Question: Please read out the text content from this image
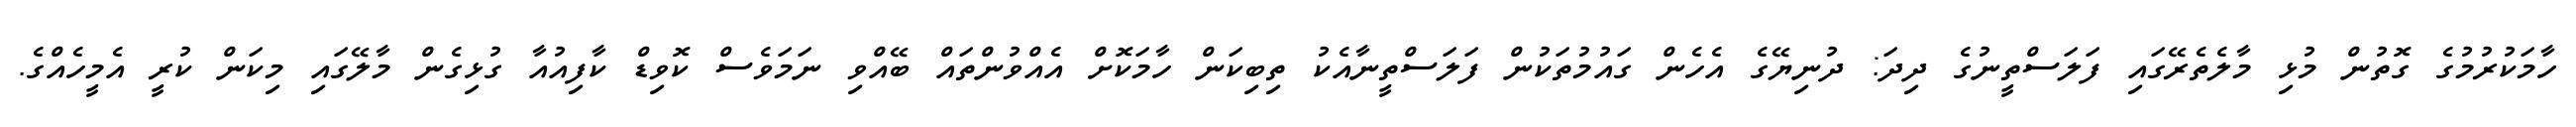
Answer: ހާމަކުރުމުގެ ގޮތުން މުޅި މާލެތެރޭގައި ފަލަސްތީނުގެ ދިދަ: ދުނިޔޭގެ އެހެން ގައުމުތަކުން ފަލަސްތީނާއެކު ތިބިކަން ހާމަކޮށް އެއްވުންތައް ބޭއްވި ނަމަވެސް ކޮވިޑް ކާފިއުއާ ގުޅިގެން މާލޭގައި މިކަން ކުރީ އެމީހެއްގެ.